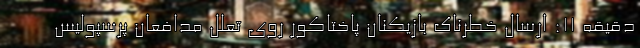
دقیقه 11: ارسال خطرناک بازیکنان پاختاکور روی تعلل مدافعان پرسپولیس